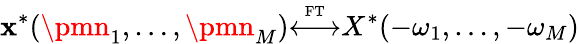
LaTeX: \mathbf{x}^{*}(\pmn_{1},\ldots,\pmn_{M}){\overset{\underset{\mathrm{{FT}}}{}}{\longleftrightarrow}}X^{*}(-\omega_{1},\ldots,-\omega_{M})